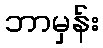
ဘာမှန်း